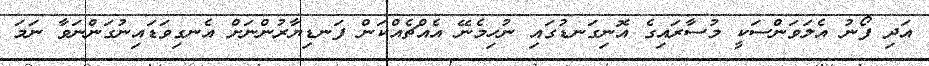
އަދި ފޯނު އެލަވަންސަކީ މުސާރައިގެ އޮނިގަނޑުގައި ނުހިމެނޭ އެއްޗެއްކަން ފަނޑިޔާރުންނަށް އެނގިވަޑައިނުގަންނަވާ ނަމަ